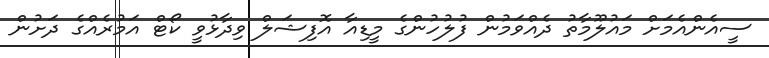
ސީއެންއެމަށް މައުލޫމާތު ދެއްވަމުން ފުލުހުންގެ މީޑިއާ އޮފިޝަލް ވިދާޅުވީ ކޯޓް އަމުރެއްގެ ދަށުން